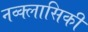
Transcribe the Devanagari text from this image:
नव्क्लासिकी